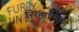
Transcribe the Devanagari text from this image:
सिंहाप्रमाणे